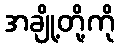
အချို့တို့ကို